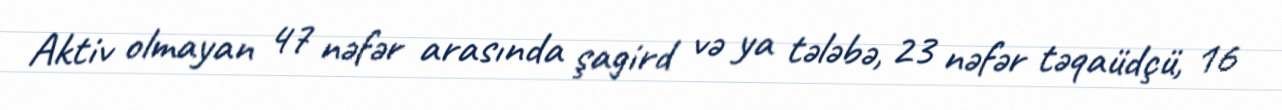
Aktiv olmayan 47 nəfər arasında şagird və ya tələbə, 23 nəfər təqaüdçü, 16